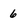
Character: 6